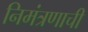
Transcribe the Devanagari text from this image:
निमंत्रणाची